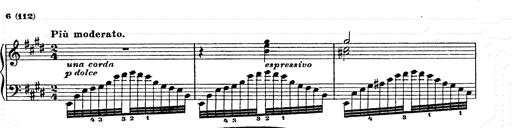
Title: Ab irato
Composer: Franz Liszt